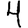
Digit: 4